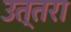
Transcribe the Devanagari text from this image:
उत्‍तरा